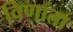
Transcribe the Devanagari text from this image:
विणाता